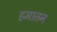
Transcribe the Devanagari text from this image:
हमातन